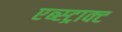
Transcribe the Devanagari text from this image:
एब्स्ट्राक्ट